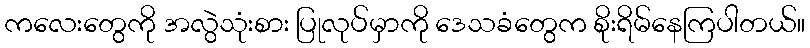
ကလေးတွေကို အလွဲသုံးစား ပြုလုပ်မှာကို ဒေသခံတွေက စိုးရိမ်နေကြပါတယ်။